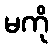
မကို